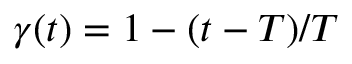
\gamma ( t ) = 1 - ( t - T ) / T